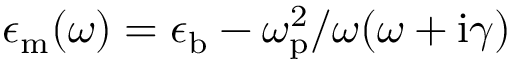
\epsilon _ { \mathrm { m } } ( \omega ) = \epsilon _ { \mathrm { b } } - \omega _ { \mathrm { p } } ^ { 2 } / \omega ( \omega + \mathrm { i } \gamma )